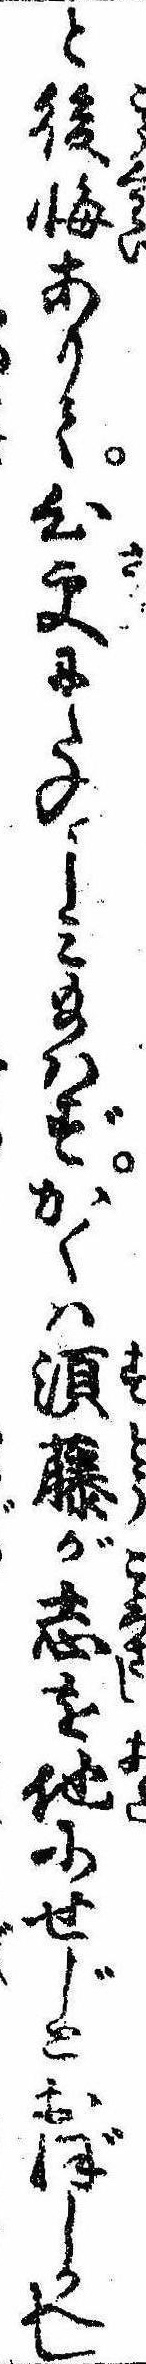
と後悔ありて心更にたのしみ給はずかくは須藤が志を他にせじとおぼしかへし